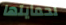
لحمايتها